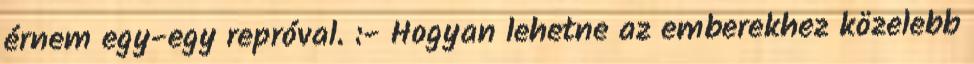
érnem egy-egy repróval. :- Hogyan lehetne az emberekhez közelebb